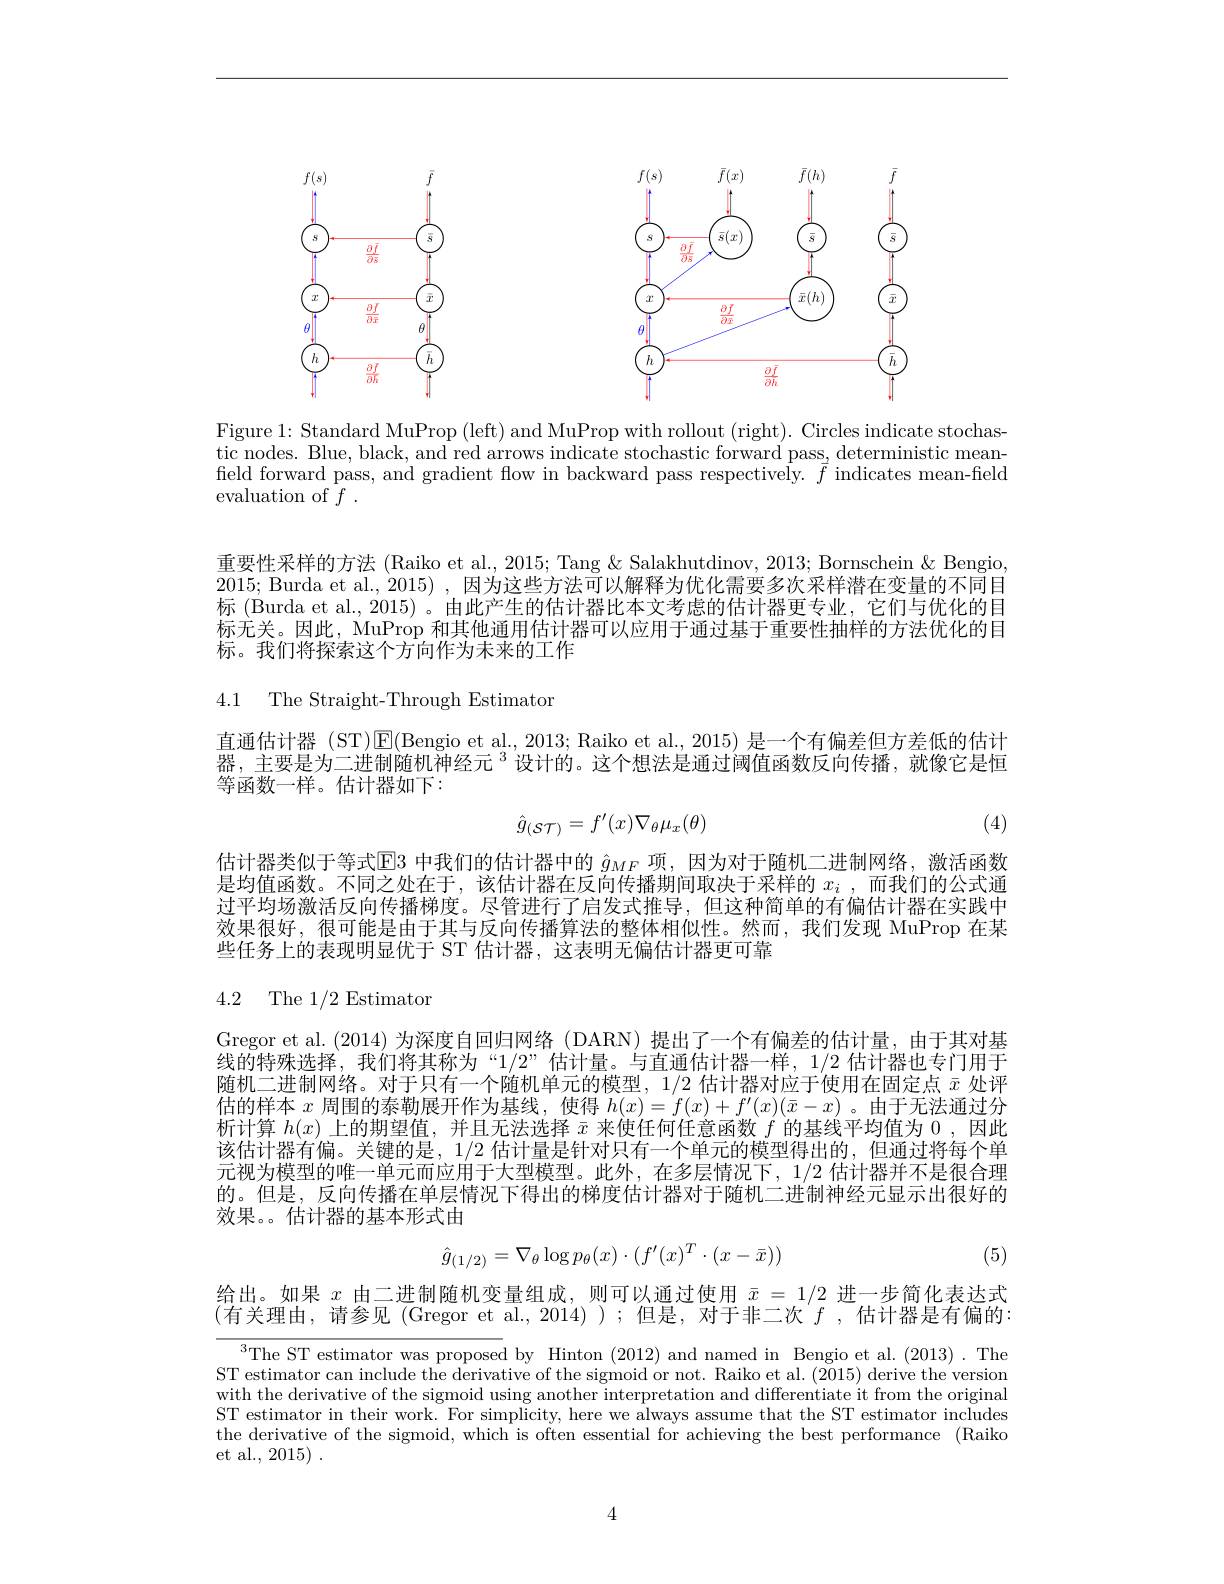
<FigureHere>

Figure 1: Standard MuProp (left) and MuProp with rollout (right). Circles indicate stochastic nodes. Blue, black, and red arrows indicate stochastic forward pass, deterministic meanfield forward pass, and gradient flow in backward pass respectively. $\vec{f}$ indicates mean-field evaluation of $f.$

重要性采样的方法 (Raiko et al., 2015; Tang & Salakhutdinov, 2013; Bornschein & Bengio, 2015; Burda et al., 2015) ,因为这些方法可以解释为优化需要多次采样潜在变量的不同目标 (Burda et al., 2015) 。由此产生的估计器比本文考虑的估计器更专业，它们与优化的目标无关。因此，MuProp 和其他通用估计器可以应用于通过基于重要性抽样的方法优化的目标。我们将探索这个方向作为未来的工作

4.1 The Straight-Through Estimaton

直通估计器 (ST)$\operatorname{E}($Bengio et al., 2013; Raiko et al., 2015) 是一个有偏差但方差低的估计器，主要是为二进制随机神经元$^{3}$设计的。这个想法是通过阈值函数反向传播，就像它是恒等函数一样。估计器如下：
$$\hat{g}_{(\mathcal{ST})}=f'(x)\nabla_{\theta}\mu_{x}(\theta)$$
(4)

估计器类似于等式$\mathbb{E}$3 中我们的估计器中的 $\hat{g}_{MF}$ 项，因为对于随机二进制网络，激活函数是均值函数。不同之处在于，该估计器在反向传播期间取决于采样的$x_i$ ,而我们的公式通过平均场激活反向传播梯度。尽管进行了启发式推导，但这种简单的有偏估计器在实践中效果很好，很可能是由于其与反向传播算法的整体相似性。然而，我们发现 MuProp 在某些任务上的表现明显优于 ST 估计器，这表明无偏估计器更可靠

# 4.2 The 1/2 Estimator

Gregor et al.(2014)为深度自回归网络(DARN)提出了一个有偏差的估计量，由于其对基线的特殊选择，我们将其称为“$1/2”$估计量。与直通估计器一样，1/2 估计器也专门用于随机二进制网络。对于只有一个随机单元的模型，1/2估计器对应于使用在固定点$\bar{x}$处评估的样本$x$周围的泰勒展开作为基线，使得$h(x)=f(x)+f^{\prime}(x)(\bar{x}-x)$ 。由于无法通过分析计算$h(x)$上的期望值，并且无法选择$\bar{x}$来使任何任意函数$f$的基线平均值为0，因此该估计器有偏。关键的是，1/2估计量是针对只有一个单元的模型得出的，但通过将每个单元视为模型的唯一单元而应用于大型模型。此外，在多层情况下，1/2 估计器并不是很合理的。但是，反向传播在单层情况下得出的梯度估计器对于随机二进制神经元显示出很好的效果。。估计器的基本形式由
$$\hat{g}_{(1/2)}=\nabla_{\theta}\log p_{\theta}(x)\cdot(f'(x)^{T}\cdot(x-\bar{x}))$$
(5)

给出。如果$x$由二进制随机变量组成，则可以通过使用$\bar{x}=1/2$进一步简化表达式(有关理由，请参见(Gregor et al.,2014));但是，对于非二次$f$,估计器是有偏的：

$^{3}$The ST estimator was proposed by Hinton (2012) and named in Bengio et al.(2013). The ST estimator can include the derivative of the sigmoid or not. Raiko et al. (2015) derive the version with the derivative of the sigmoid using another interpretation and differentiate it from the original ST estimator in their work. For simplicity, here we always assume that the ST estimator includes the derivative of the sigmoid, which is often essential for achieving the best performance (Raiko et al., 2015) .

4